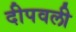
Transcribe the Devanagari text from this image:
दीपवली